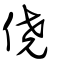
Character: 僥